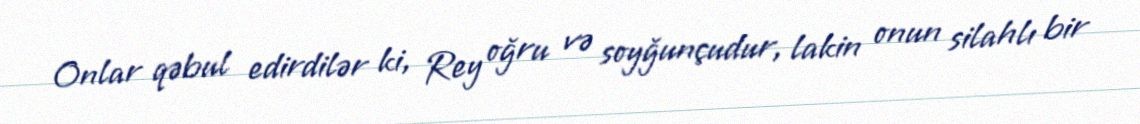
Onlar qəbul edirdilər ki, Rey oğru və soyğunçudur, lakin onun silahlı bir